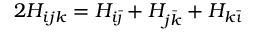
2 H _ { i j k } = H _ { i \bar { \jmath } } + H _ { j \bar { k } } + H _ { k \bar { \imath } }